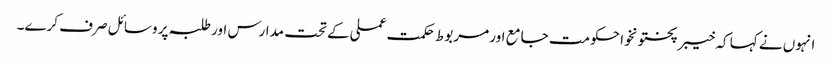
انہوں نے کہا کہ خیبرپختونخوا حکومت جامع اور مربوط حکمت عملی کے تحت مدارس اور طلبہ پر وسائل صرف کرے۔